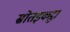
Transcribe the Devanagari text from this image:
स्रोतइकट्ठा